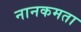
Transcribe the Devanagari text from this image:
नानकमता